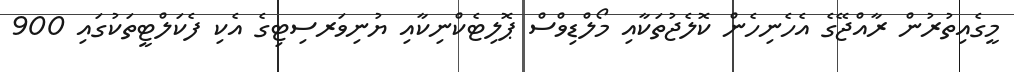
މީގެއިތުރުން ރާއްޖޭގެ އެހެނިހެން ކޮލެޖުތަކާއި މޯލްޑިވްސް ޕޮލިޓެކްނިކާއި ޔުނިވަރސިޓިގެ އެކި ފެކަލްޓީތަކުގައި 900